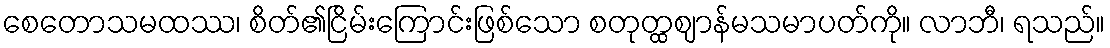
စေတောသမထဿ၊ စိတ်၏ငြိမ်းကြောင်းဖြစ်သော စတုတ္ထဈာန်မသမာပတ်ကို။ လာဘီ၊ ရသည်။